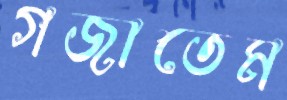
গজাতেম